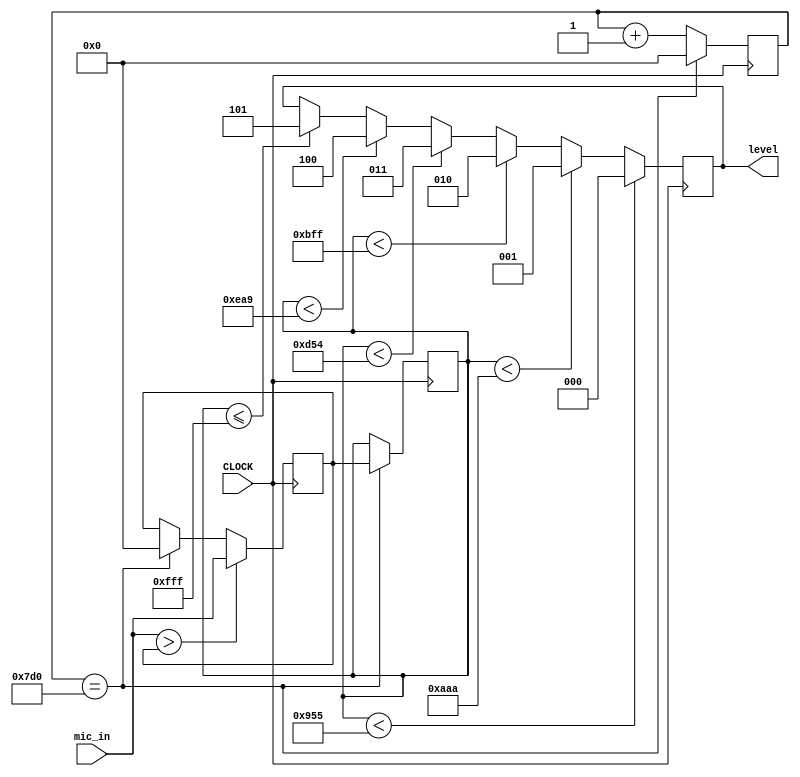
`timescale 1ns / 1ps
//////////////////////////////////////////////////////////////////////////////////
// Company: 
// Engineer: 
// 
// Design Name: 
// Module Name: getmaxvalue
// Project Name: 
// Target Devices: 
// Tool Versions: 
// Description: 
// 
// Dependencies: 
// 
// Revision:
// Revision 0.01 - File Created
// Additional Comments:
// 
//////////////////////////////////////////////////////////////////////////////////


module getmaxvalue(
    input [11:0] mic_in,
    input CLOCK,
    output reg [2:0] level
    );
    
    reg[11:0] current_peak = 0;
    reg[11:0] real_peak = 0;
    reg[11:0] COUNT = 0;
    always @(posedge CLOCK) begin
        COUNT <= (COUNT == 2000) ? 0 : COUNT + 1;
        current_peak <= (COUNT == 2000) ? 0 : current_peak;
        real_peak <= (COUNT == 2000) ? current_peak : real_peak;
        if (mic_in > current_peak)
            current_peak <= mic_in;
            
        if (real_peak < 2389)
            level <= 0;
        else if (real_peak < 2730)
            level <= 1;
        else if (real_peak < 3071)
            level <= 2;
        else if (real_peak < 3412)
            level <= 3;
        else if (real_peak < 3753)
            level <= 4;
        else if (real_peak <= 4095)
            level <= 5;
    end
endmodule